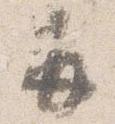
并